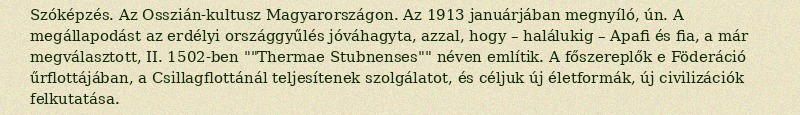
Szóképzés. Az Osszián-kultusz Magyarországon. Az 1913 januárjában megnyíló, ún. A megállapodást az erdélyi országgyűlés jóváhagyta, azzal, hogy – halálukig – Apafi és fia, a már megválasztott, II. 1502-ben ""Thermae Stubnenses"" néven említik. A főszereplők e Föderáció űrflottájában, a Csillagflottánál teljesítenek szolgálatot, és céljuk új életformák, új civilizációk felkutatása.